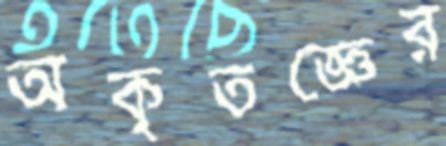
অকৃতজ্ঞের